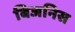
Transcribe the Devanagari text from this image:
बिजनिस